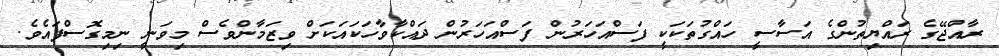
ރާއްޖޭގެ ރައްޔިތުންގެ އަސާސީ ހައްގުތަކަކީ ފަސްއަހަރުން ފަސްއަހަރުން ދައްކާވާހަކައަކަށް ވިޒަމާންވެސް މިވަނީ ނިމިގޮސްފައެވެ.